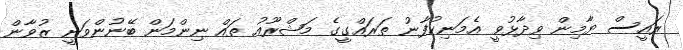
ރައީސް ޔާމިން ވިދާޅުވީ އެމަނިކުފާނު ތަރައްގީގެ މަޝްރޫއު ތައް ނިންމަން ބޭނުންވަނީ ޒުވާން